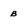
Character: B